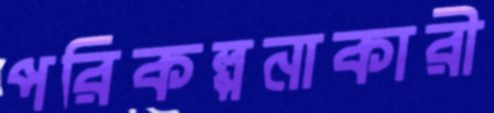
পরিকল্পনাকারী